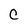
Character: C